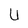
Character: U